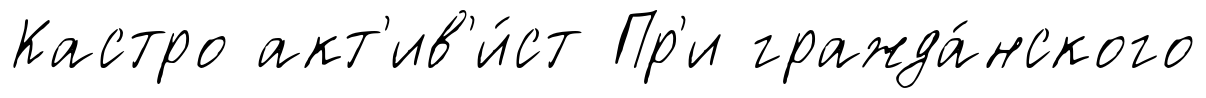
Кастро акт'ив'и́ст Пр'и гражда́нского